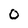
Character: O